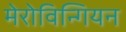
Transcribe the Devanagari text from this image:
मेरोविन्गियन